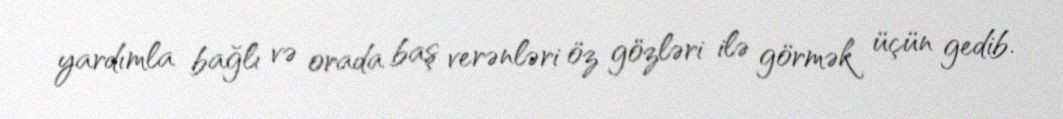
yardımla bağlı və orada baş verənləri öz gözləri ilə görmək üçün gedib.